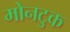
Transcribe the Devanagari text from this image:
मोनटुक